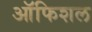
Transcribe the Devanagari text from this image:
ऑफिशल